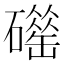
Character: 𥖴